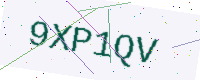
Text: 9XP1QV